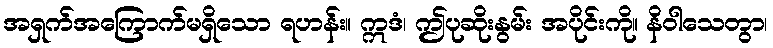
အရှက်အကြောက်မရှိသော ရဟန်း။ ဣဒံ၊ ဤပုဆိုးနွမ်း အပိုင်းကို။ နိဝါသေတွာ၊